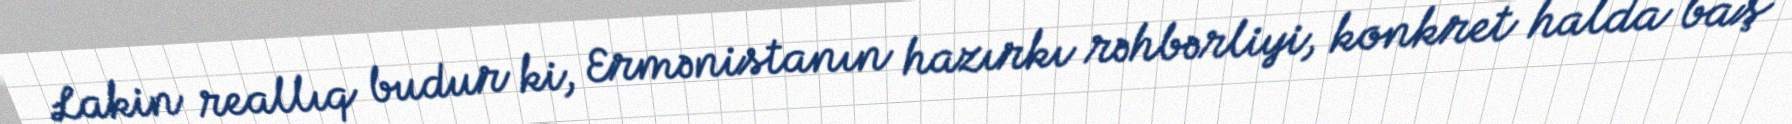
Lakin reallıq budur ki, Ermənistanın hazırkı rəhbərliyi, konkret halda baş